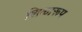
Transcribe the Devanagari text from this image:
शिळारूप